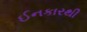
ઈનકારથી